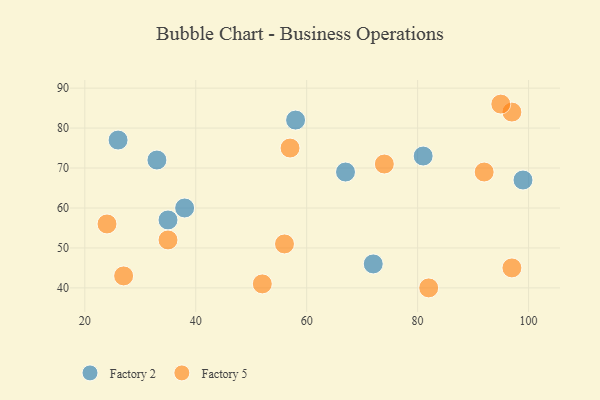
{"axis": {"x": "GDP", "y": "Life Expectancy"}, "legend": ["Factory 2", "Factory 5"], "data": [{"x": "67", "y": 69, "type": "Factory 2"}, {"x": "38", "y": 60, "type": "Factory 2"}, {"x": "26", "y": 77, "type": "Factory 2"}, {"x": "81", "y": 73, "type": "Factory 2"}, {"x": "35", "y": 57, "type": "Factory 2"}, {"x": "58", "y": 82, "type": "Factory 2"}, {"x": "72", "y": 46, "type": "Factory 2"}, {"x": "99", "y": 67, "type": "Factory 2"}, {"x": "33", "y": 72, "type": "Factory 2"}, {"x": "24", "y": 56, "type": "Factory 5"}, {"x": "27", "y": 43, "type": "Factory 5"}, {"x": "74", "y": 71, "type": "Factory 5"}, {"x": "82", "y": 40, "type": "Factory 5"}, {"x": "52", "y": 41, "type": "Factory 5"}, {"x": "97", "y": 45, "type": "Factory 5"}, {"x": "57", "y": 75, "type": "Factory 5"}, {"x": "56", "y": 51, "type": "Factory 5"}, {"x": "97", "y": 84, "type": "Factory 5"}, {"x": "35", "y": 52, "type": "Factory 5"}, {"x": "92", "y": 69, "type": "Factory 5"}, {"x": "95", "y": 86, "type": "Factory 5"}]}